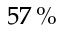
5 7 \, \%